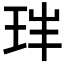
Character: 𤤓